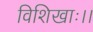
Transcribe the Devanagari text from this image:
विशिखाः।।